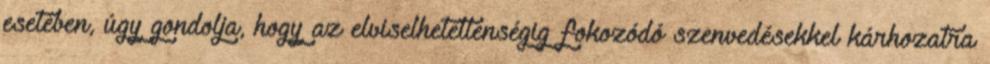
esetében, úgy gondolja, hogy az elviselhetetlenségig fokozódó szenvedésekkel kárhozatra